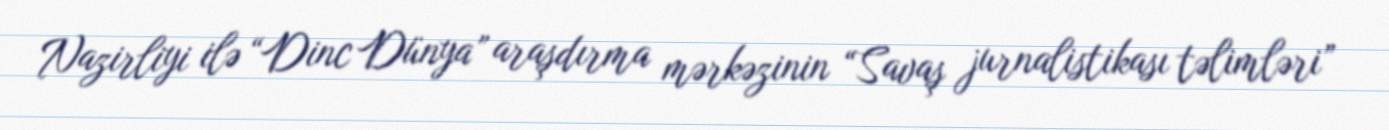
Nazirliyi ilə “Dinc Dünya” araşdırma mərkəzinin “Savaş jurnalistikası təlimləri”